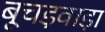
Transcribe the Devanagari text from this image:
बूचड़वाड़ा